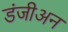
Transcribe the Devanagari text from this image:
डंजीअन